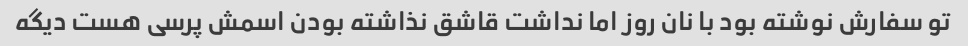
تو سفارش نوشته بود با نان روز اما نداشت قاشق نذاشته بودن اسمش پرسی هست دیگه